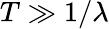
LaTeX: T\gg 1/\lambda